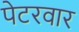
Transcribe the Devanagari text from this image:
पेटरवार